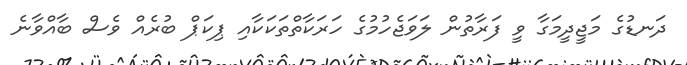
ދަނޑުގެ މަޖީދީމަގާ ވީ ފަރާތުން ލަވަޖެހުމުގެ ހަރަކާތްތަކަކާއި ޕިކަޕް ބުރެއް ވެސް ބާއްވާނެ